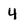
Character: 4